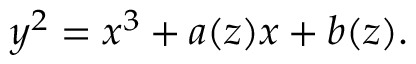
y ^ { 2 } = x ^ { 3 } + a ( z ) x + b ( z ) .